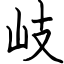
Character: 岐